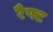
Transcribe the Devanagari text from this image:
रैफ्ट